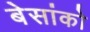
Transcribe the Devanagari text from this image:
बेसांको